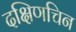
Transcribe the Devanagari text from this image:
दक्षिणचिन